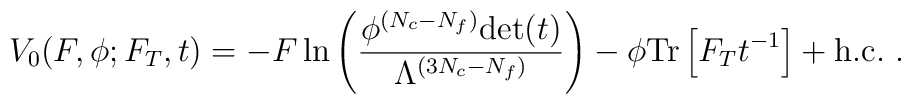
V_0(F,\phi;F_T,t)=-F\,{\rm ln} \left(\frac{\phi^{(N_c -N_f)}{\rm det}(t)}{\Lambda^{(3N_c - N_f)}}\right) - \phi {\rm Tr}\left[F_Tt^{-1}\right] +{\rm h.c.} \ .